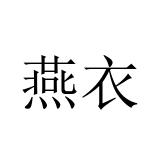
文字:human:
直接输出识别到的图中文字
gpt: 燕衣